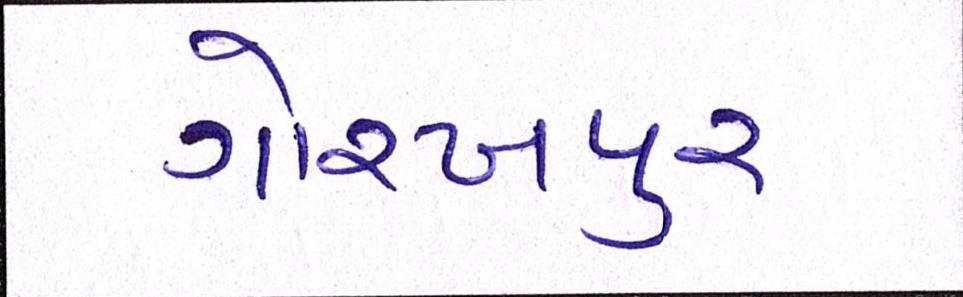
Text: ગોરખપુરઃ